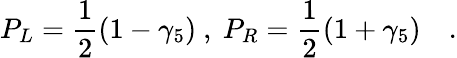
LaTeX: P_{L}=\frac{1}{2}(1-\gamma_{5})\ ,\ P_{R}=\frac{1}{2}(1+\gamma_{5})\quad.